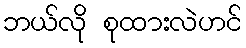
ဘယ်လို စုထားလဲဟင်